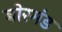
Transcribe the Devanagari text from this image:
बोरमंड